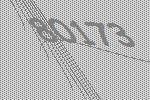
80173